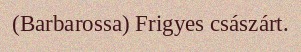
(Barbarossa) Frigyes császárt.